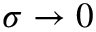
\sigma \rightarrow 0